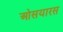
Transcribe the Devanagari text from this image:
ओसयारस